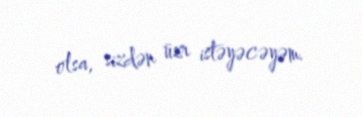
olsa, sizdən üzr istəyəcəyəm.